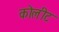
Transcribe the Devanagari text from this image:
कोलीट